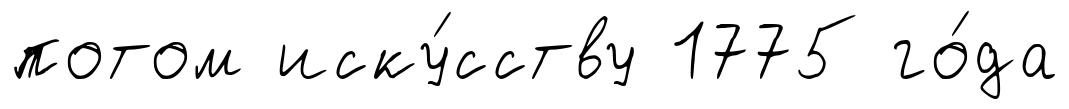
потом иску́сству 1775 го́да